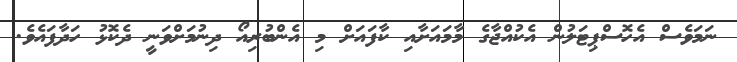
ނަމަވެސް އެހޮސްޕިޓަލުން އެކުއްޖާގެ މާމައަށާއި ކާފައަށް މި އެންބުރިއޯ ދިނުމަށްވަނީ ދެކޮޅު ހަދާފައެވެ.